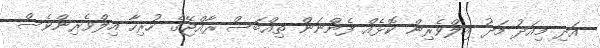
އަދި މިއަދު މަދު އިލްވެރިން ކޮޅެއް ފެންނަން ތިއްބަސް ރާއްޖޭގެ ހުރިހާ އިލްވެރިންވެސް